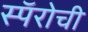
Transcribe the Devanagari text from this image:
स्पॅरोची